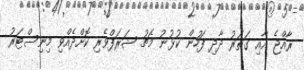
ރާއްޖެ އާއި ގަތަރު ދާދި ފަހުން ކުޅުނު މެޗު ޝަރަފްވެރި ކޮށްދެއްވި މިނިސްޓަރު